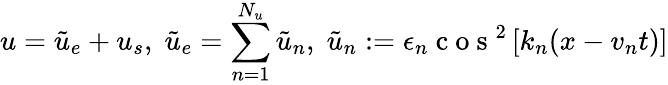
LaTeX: u=\tilde{u}_{e}+u_{s},\; \tilde{u}_{e}=\sum_{n=1}^{N_{u}}\tilde{u}_{n},\; \tilde{u}_{n}:=\epsilon_{n}\mathrm{~c~o~s~}^{2}\left[k_{n}(x-v_{n}t)\right]